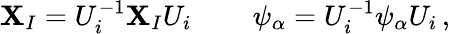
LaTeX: \mathbf{X}_{I}=U_{i}^{-1}\mathbf{X}_{I}U_{i}\, \qquad\psi_{\alpha}=U_{i}^{-1}\psi_{\alpha}U_{i}\, ,